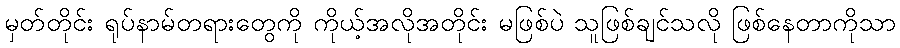
မှတ်တိုင်း ရုပ်နာမ်တရားတွေကို ကိုယ့်အလိုအတိုင်း မဖြစ်ပဲ သူဖြစ်ချင်သလို ဖြစ်နေတာကိုသာ